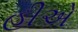
હીએ